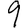
Digit: 9